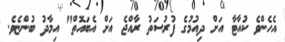
އެހެންވެ ކުއާޓާ އަށް ދިއުމުގެ ފުރުސަތު ރާއްޖެ އަށް އެބައޮތް" އިމާދު ބުންޏެވެ.